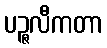
ပဉ္ဇလီကတာ